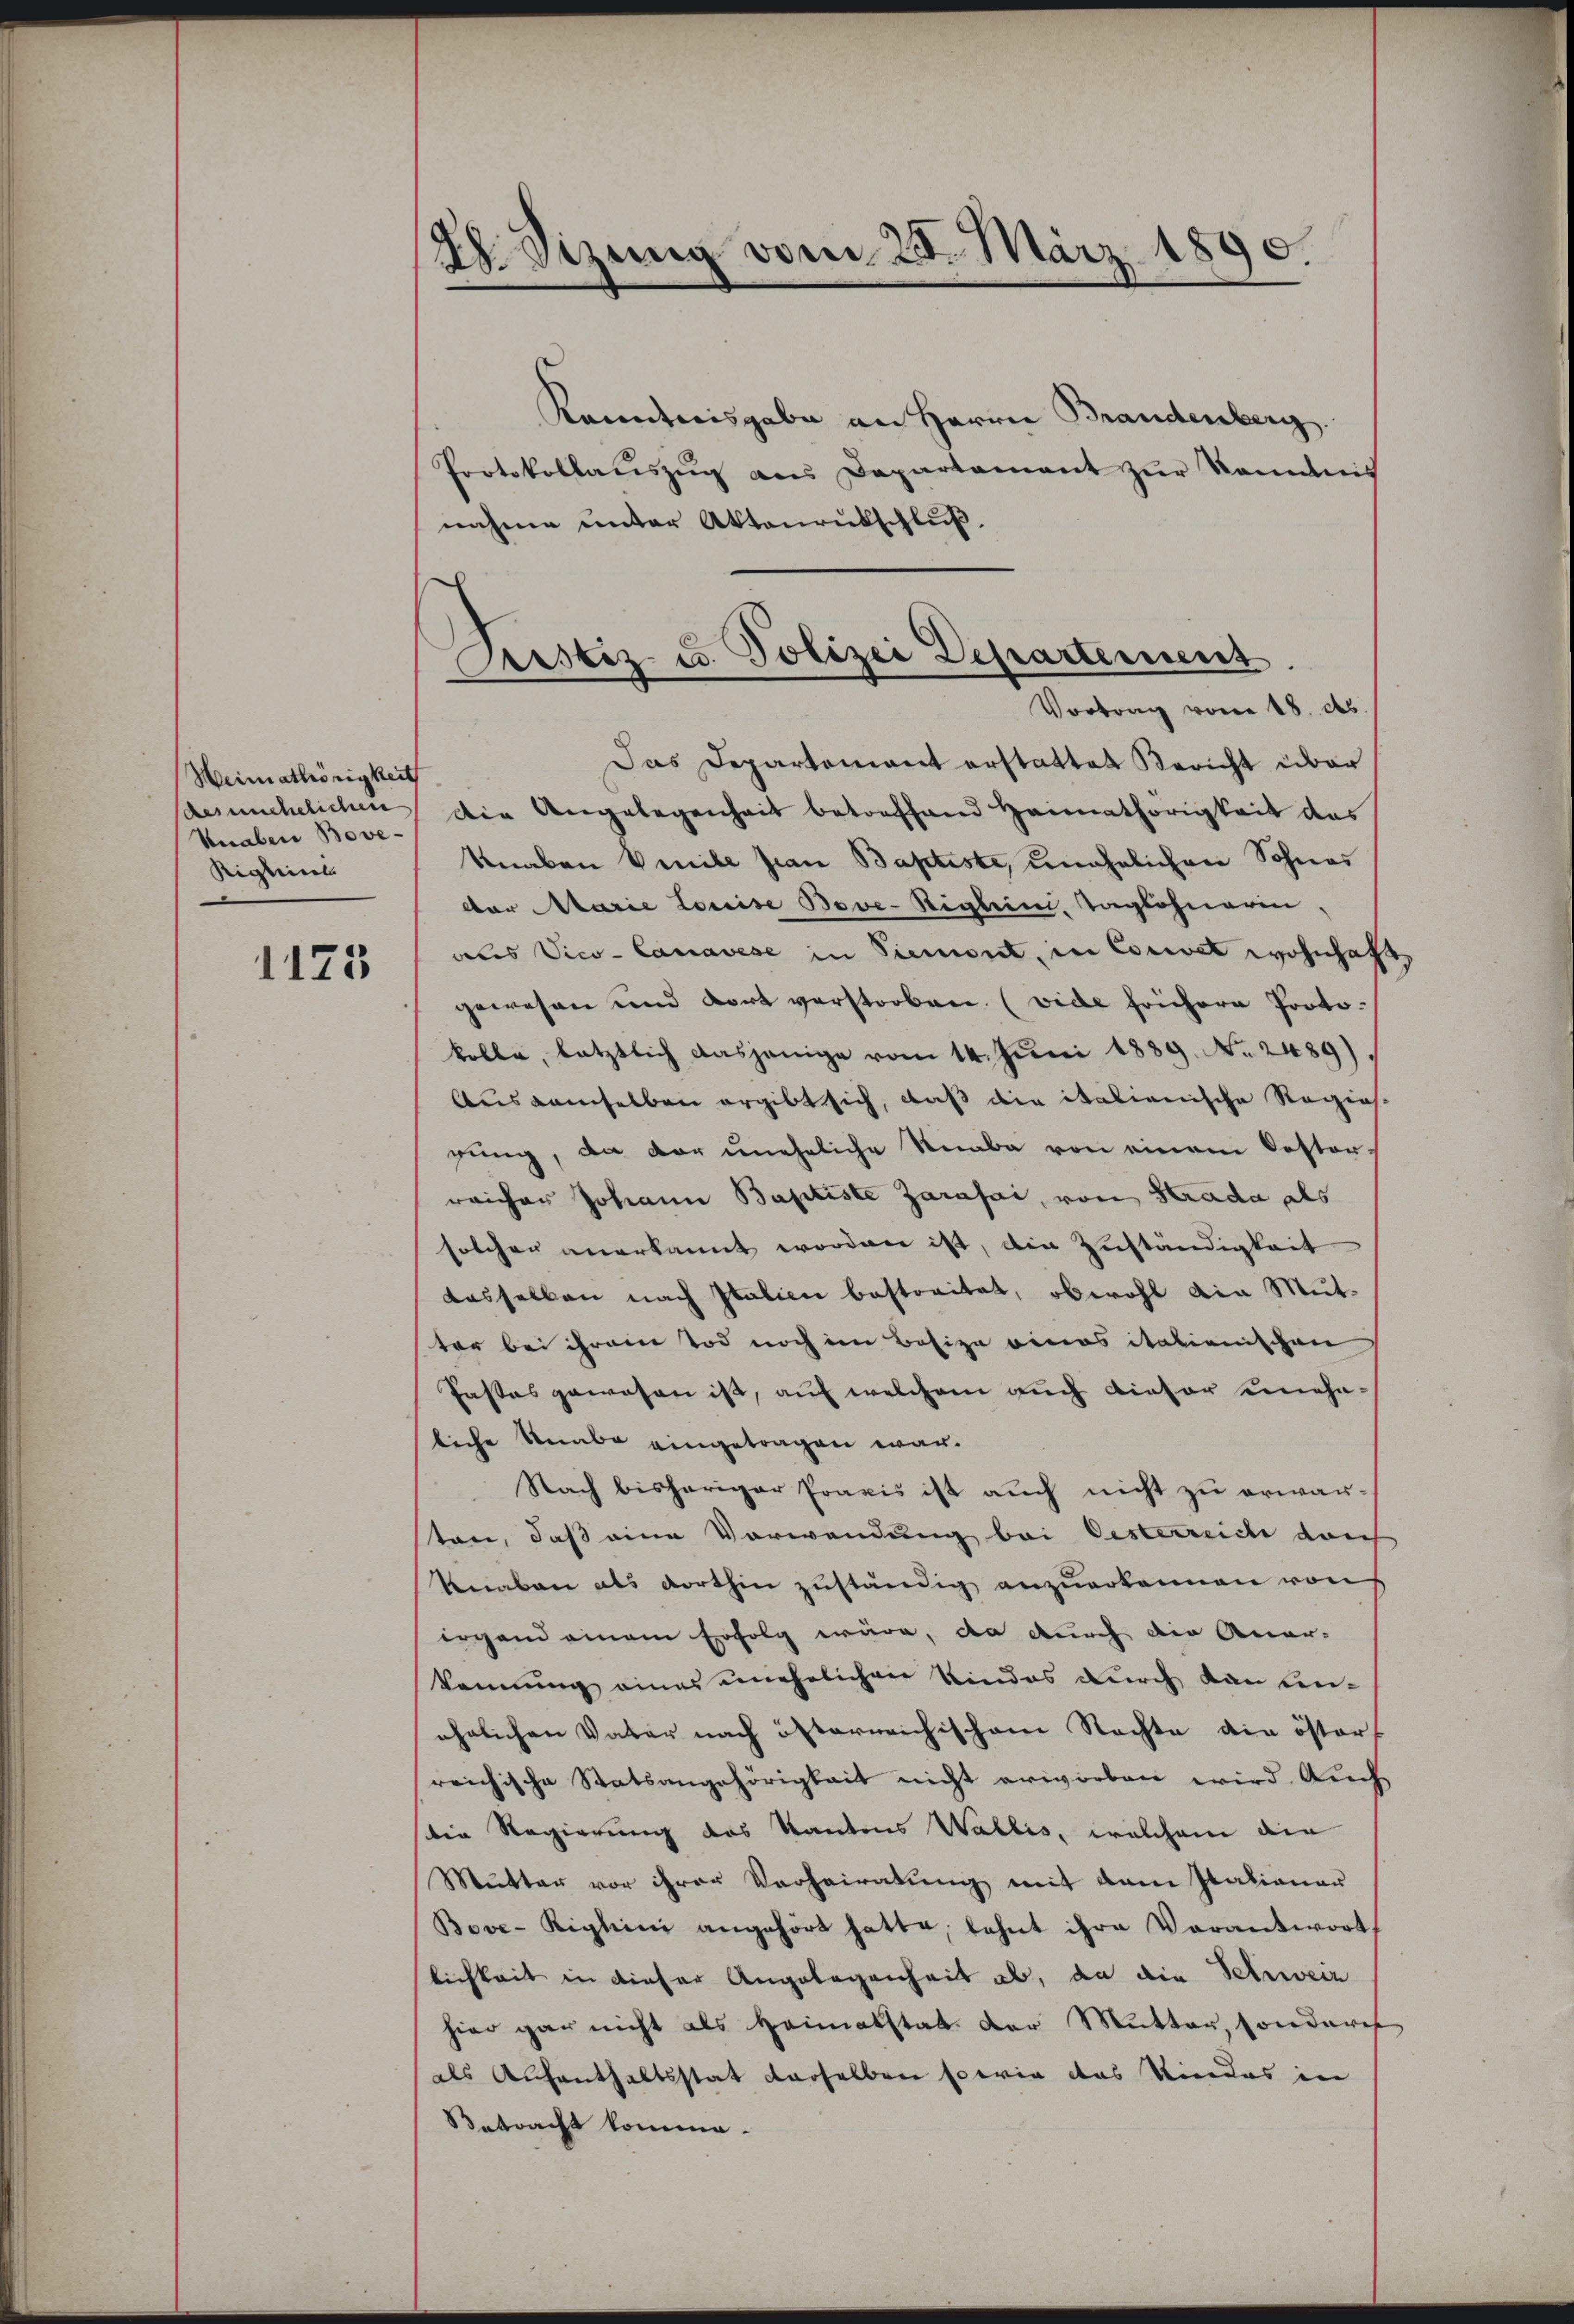
Heimathörigkeit
des unehelichen
Unaben Bove-
Rigkeit

1125

2. Sizung vom 25. März 1890.

Prustiz u. Polizei Departement.
Vortrag vom 18. ds.

Kenntnisgabe an Herrn Brandenberg.
Protokollaŭszŭg ans Departament zŭr Kommis
nahme unter Aktenrutschluß.
Das Departement erstattet Bericht über
Die Angelegenheit betreffend Heimathörigkeit des
Knaben Venile sian Baptiste, unehelichen Sohnes
der Marie Louise Bove-Riglini, Taglohnerin,
abes Vice-Canavese in Piemont, in Convet wohnhaf
gewesen und dort verstorben. (vide frühere Proto-
kolle, letztlich dasjenige vom 14. Juni 1889. No. 2489).
Ausdemselben ergibt sich, daß die italienische Regies-
gung, da vor uneheliche Knabe von einem Oester-
reicher Johann Baptiste Zarafai, von Strada als
solchen anerkannt worden ist, die Zuständigkeit
dasselben nach Italien bestorität, obwohl die Mut-
ter bei ihrem Tod noch im Besize eines italienischen
Pastes gewesen ist, auf welchem auch dieser eineheliche Knabe eingetragen war.
Nach bisheriger Praxis ist auch nicht zu erwarsten, daß eine Vorwendung bei Oesterreich durch
Knaben als dorthin zuständig anzuerkennen von
irgend einem Erfolg wäre, da durch die Anar-
kennung eines unehelichen Kindes durch danken-
ehrlichen Vater nach öfterreichischem Nachte die östert
reichische Statsangehörigkeit nicht erworben wird. Auch
die Regierung des Kantons Wallis, welchem die
Mutter vor ihrer Verheiratung mit dem Italionar
Bove-Righini angehört hatte, lehnt ihre Verantwort,
lichkeit in dieser Angelegenheit ab, da die Schweiz
hier gar nicht als Heimatstat der Mutter, sonderes
des Aufenthaltsstat derselben sowie das Kindes in
Betracht komme.